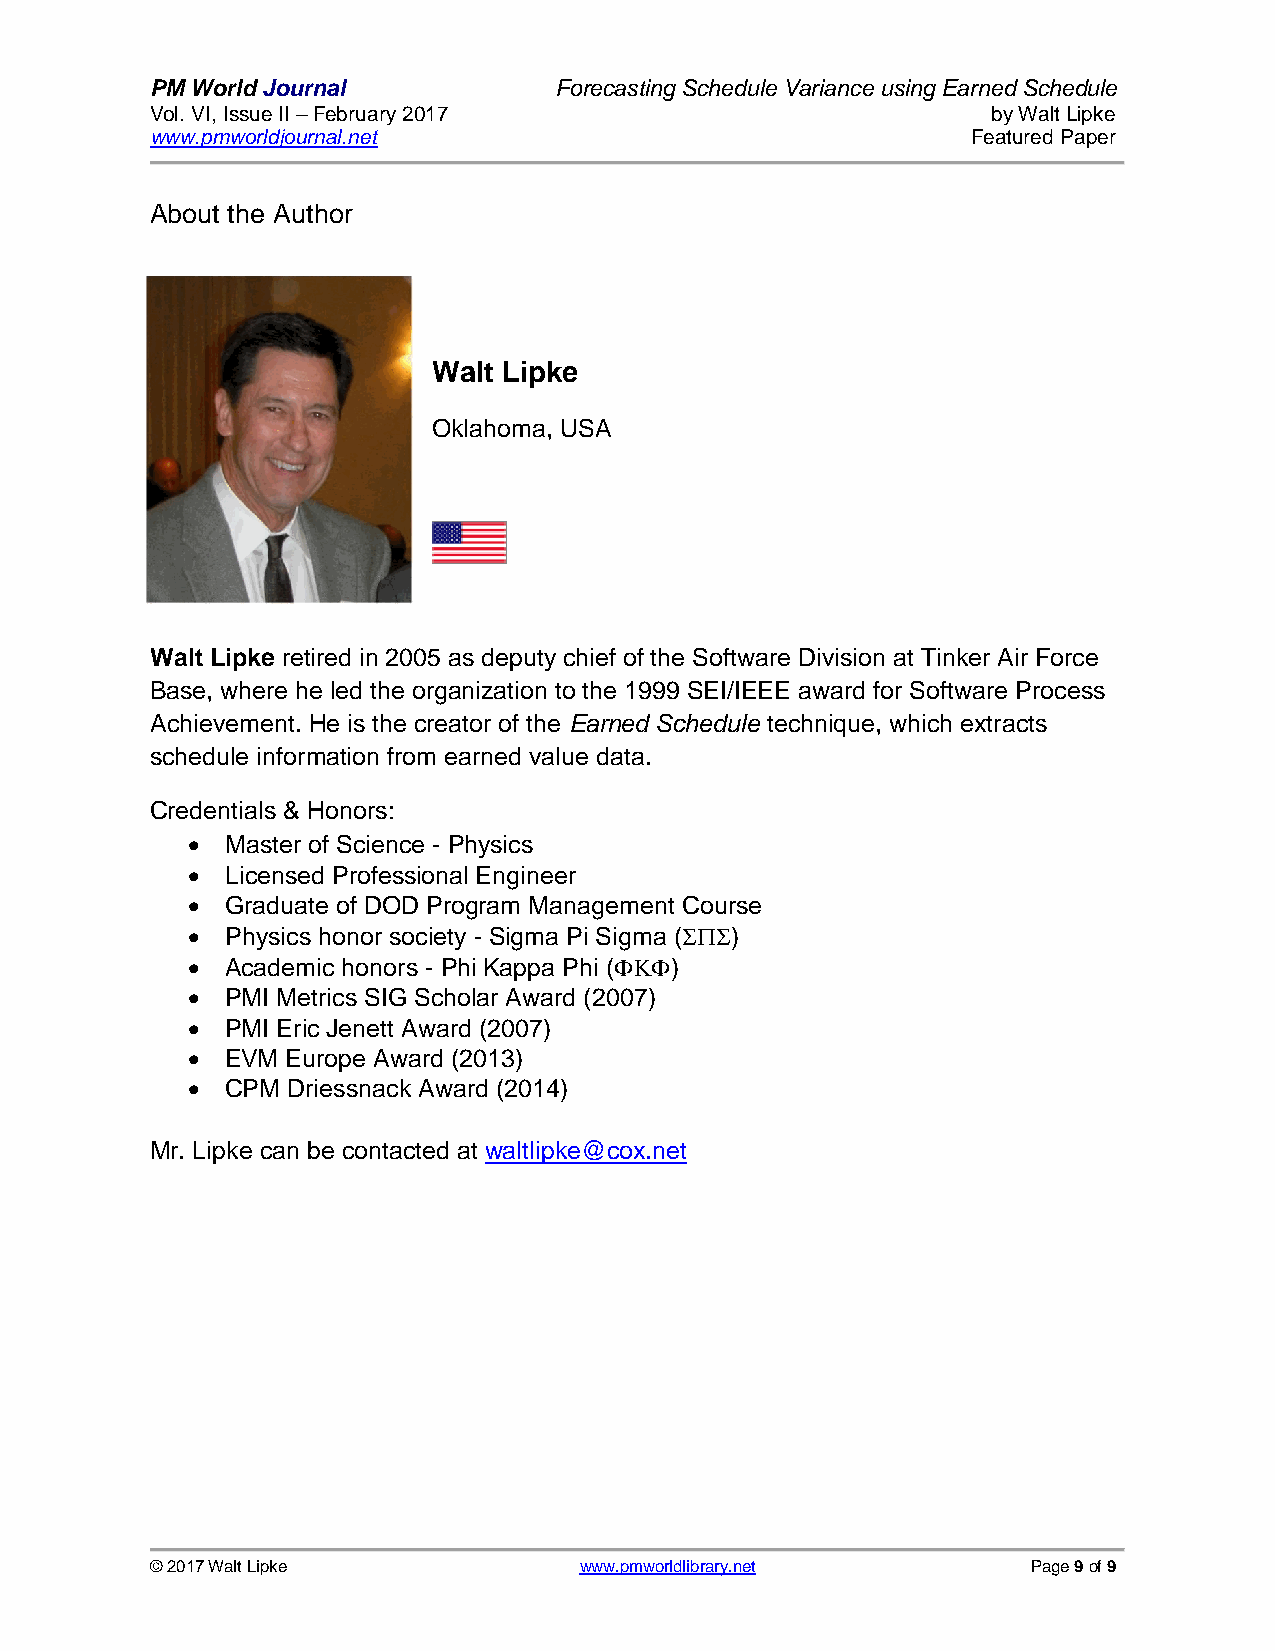
PM World Journal           Forecasting Schedule Variance using Earned Schedule
 Vol. VI, Issue II – February 2017                       by Walt Lipke
 www.pmworldjournal.net                                Featured Paper
 About the Author
 Walt Lipke
 Oklahoma, USA
 Walt Lipke retired in 2005 as deputy chief of the Software Division at Tinker Air Force
 Base, where he led the organization to the 1999 SEI/IEEE award for Software Process
 Achievement. He is the creator of the Earned Schedule technique, which extracts
 schedule information from earned value data.
 Credentials & Honors:
   Master of Science - Physics
   Licensed Professional Engineer
   Graduate of DOD Program Management Course
   Physics honor society - Sigma Pi Sigma ()
   Academic honors - Phi Kappa Phi ()
   PMI Metrics SIG Scholar Award (2007)
   PMI Eric Jenett Award (2007)
   EVM Europe Award (2013)
   CPM Driessnack Award (2014)
 Mr. Lipke can be contacted at waltlipke@cox.net
 © 2017 Walt Lipke           www.pmworldlibrary.net        Page 9 of 9